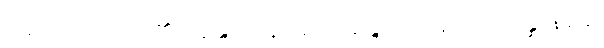
ငါ့ရှင်။ တေ၊ သင်၏။ ဣန္ဒြိယာနိခေါ၊ ဣန္ဒြေတို့သည်။ ဝိပ္ပသန္နာနိခေါ၊